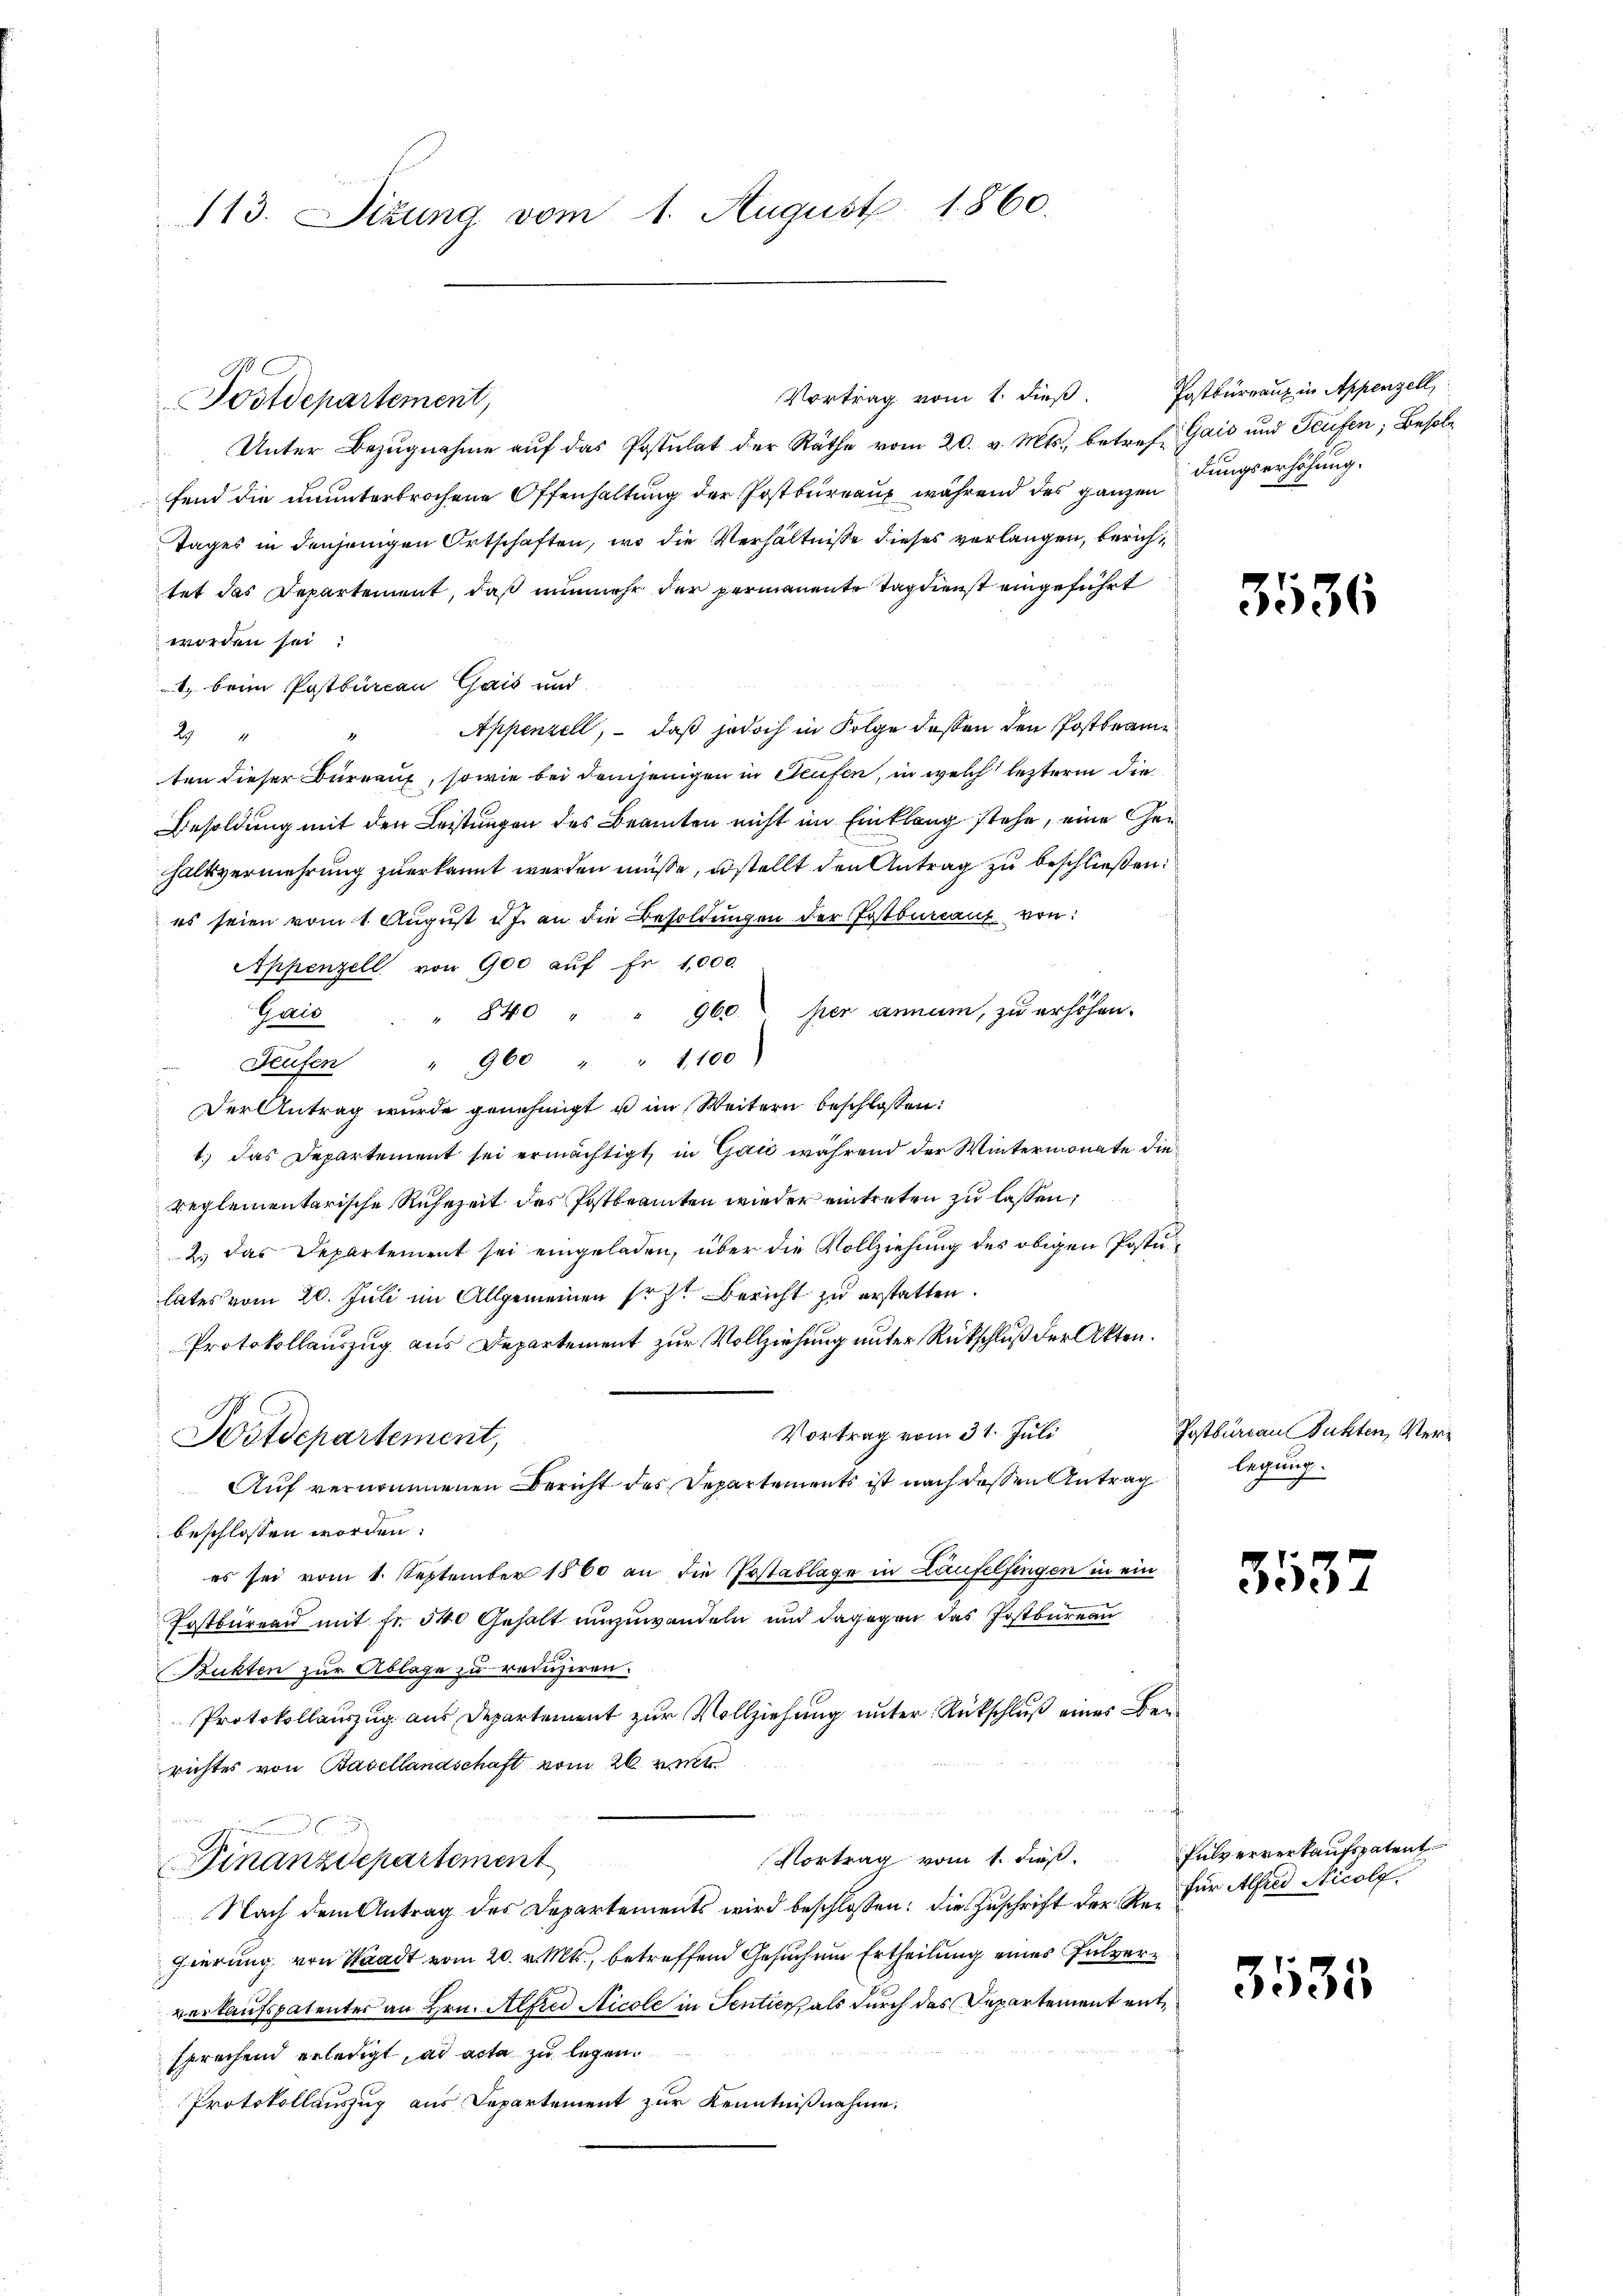
113. Sizung vom 1. August 1860.

Vortrag vom 1. dieß
Unter Bezŭgnahme aŭf das Postulat der Räthe vom 20. v. Mts., betref Gais und Teufen; Besolfend die ununterbrochene Offenhaltung der Postbureau während des ganzen dungserhöhung.
Tages in denjenigen Ortschaften, wo die Verhältnisse dieses verlangen, berichtet das Departement, daß nunmehr der permanente Tag dienst eingeführt
worden sei.
1. beim Postbureau Gais und
Appenzell, – daß jedoch in Folge deßen den Posttrame
294
ten dieser Büreaux, sowie bei demjenigen in Teufen, in welch leztere die
Besoldung mit den Leistungen des Beamten nicht im Einklang stehe, eine Gen
haltsvermehrung zuerkannt werden müsse, stellt den Antrag zu beschließen.
es seien vom 1. August 2 J. an die Besoldungen der Postbureaux von:
Appenzell von 900 auf Fr. 1,000.
Gaio
" 840 " " 960. per annum, zu erhöhen.
Teufen " 900 " " 1100
Der Antrag wurde genehmigt u im Weitern beschlossen:
1.) Das Departement sei ermächtigt, in Gaić während der Wintermonate die
reglementarische Ruhezeit des Postbeamten wieder eintreten zu lassen;
2.) Das Departement sei eingeladen, über die Vollziehung des obigen Postu
lates vom 20. Juli im Allgemeinen sr z. Bericht zu erstatten.
Protokollauszug aus Departement zur Vollziehung unter Rückschluß der Akten.
Vortrag vom 31. Juli
Witdepartement,
Auf vernommenen Bericht des Departements ist nach dessen Antrag
beschlossen worden.
es sei vom 1. September 1860 an die Postablage in Laufelfingen in ein
Postbureau mit Fr. 540 Gehalt umzuwandeln und dagegen das Postbureau
Bükten zur Ablage zu reduziren.
Protokollauszug aus Departement zur Vollziehung unter Rückschluß eines Ber
richtes von Basellandschaft vom 26. v.
n
Vortrag vom 1. dieß
Finanzdepartement
Nach dem Antrag des Departements wird beschlossen: die Zuschrift der Re- für Alfred Nicolzgierung von Stadt vom 20. v. Mts., betreffend Gesuchein Ertheilung eines Pulververkaufspatentes an Hrn. Alfred Nicole in Sentier als durch das Departement entsprechend erledigt, ad acta zu legen.
Protokollauszug aus Departement zur Kenntnißnahme.

Postdepartement,

Postbureau in Appenzell,

355

Postbureau suchten, Verlegung.

353

Fulververkaufspatent

3535